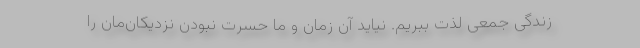
زندگی جمعی لذت ببریم. نیاید آن زمان و ما حسرت نبودن نزدیکان‌مان را